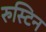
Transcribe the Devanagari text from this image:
रुस्टिन